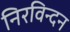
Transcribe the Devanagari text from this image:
निरविन्दन